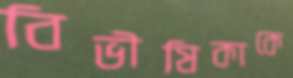
বিভীষিকাকে